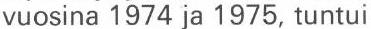
vuosina 1974 ja 1975, tuntui